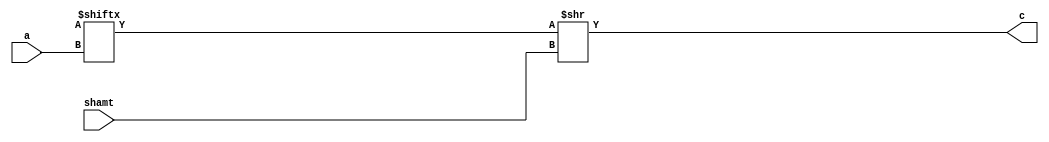
module srl (
		input [4:0] a,
		input [4:0] shamt,
		output [31:0] c
);
assign c = glob.r[a] >> shamt;
endmodule